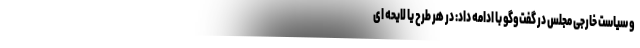
و سیاست خارجی مجلس در گفت‌وگو با ادامه داد: در هر طرح یا لایحه ای